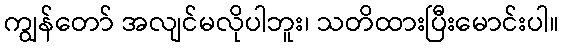
ကျွန်တော် အလျင်မလိုပါဘူး၊ သတိထားပြီးမောင်းပါ။